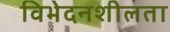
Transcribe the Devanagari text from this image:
विभेदनशीलता